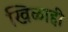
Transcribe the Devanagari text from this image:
खिळाही